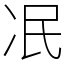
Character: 冺